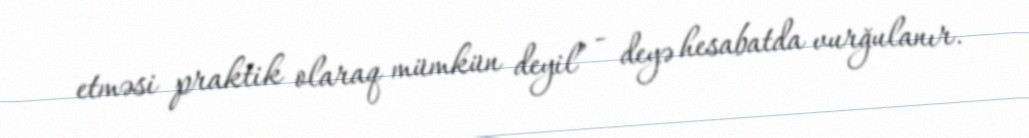
etməsi praktik olaraq mümkün deyil” - deyə hesabatda vurğulanır.